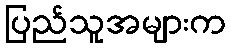
ပြည်သူအများက